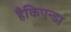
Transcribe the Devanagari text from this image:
हैकिएन्डा